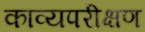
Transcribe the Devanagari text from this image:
काव्यपरीक्षण